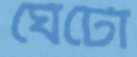
ঘেঁটো